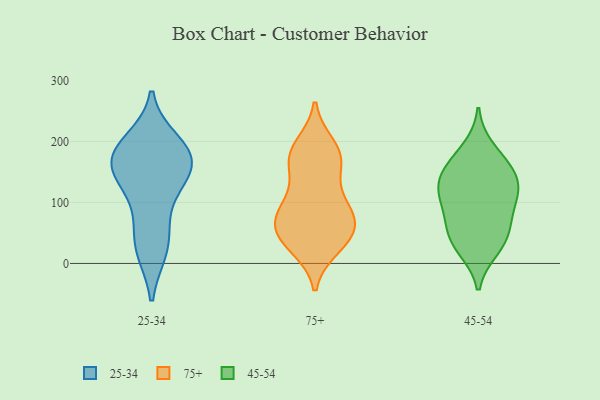
{"axis": {"x": "Tickets Resolved", "y": "Value"}, "legend": ["25-34", "45-54", "75+"], "data": [{"x": "", "y": 198, "type": "25-34"}, {"x": "", "y": 184, "type": "25-34"}, {"x": "", "y": 180, "type": "25-34"}, {"x": "", "y": 167, "type": "25-34"}, {"x": "", "y": 64, "type": "25-34"}, {"x": "", "y": 138, "type": "25-34"}, {"x": "", "y": 170, "type": "25-34"}, {"x": "", "y": 154, "type": "25-34"}, {"x": "", "y": 25, "type": "25-34"}, {"x": "", "y": 23, "type": "25-34"}, {"x": "", "y": 119, "type": "25-34"}, {"x": "", "y": 181, "type": "75+"}, {"x": "", "y": 78, "type": "75+"}, {"x": "", "y": 105, "type": "75+"}, {"x": "", "y": 28, "type": "75+"}, {"x": "", "y": 52, "type": "75+"}, {"x": "", "y": 46, "type": "75+"}, {"x": "", "y": 53, "type": "75+"}, {"x": "", "y": 86, "type": "75+"}, {"x": "", "y": 100, "type": "75+"}, {"x": "", "y": 165, "type": "75+"}, {"x": "", "y": 68, "type": "75+"}, {"x": "", "y": 33, "type": "75+"}, {"x": "", "y": 192, "type": "75+"}, {"x": "", "y": 166, "type": "75+"}, {"x": "", "y": 172, "type": "75+"}, {"x": "", "y": 188, "type": "45-54"}, {"x": "", "y": 24, "type": "45-54"}, {"x": "", "y": 46, "type": "45-54"}, {"x": "", "y": 110, "type": "45-54"}, {"x": "", "y": 145, "type": "45-54"}, {"x": "", "y": 110, "type": "45-54"}, {"x": "", "y": 156, "type": "45-54"}, {"x": "", "y": 73, "type": "45-54"}, {"x": "", "y": 30, "type": "45-54"}, {"x": "", "y": 110, "type": "45-54"}, {"x": "", "y": 158, "type": "45-54"}, {"x": "", "y": 129, "type": "45-54"}, {"x": "", "y": 62, "type": "45-54"}]}